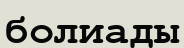
болиады